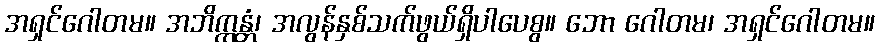
အရှင်ဂေါတမ။ အဘိက္ကန္တံ၊ အလွန်နှစ်သက်ဖွယ်ရှိပါပေစွ။ ဘော ဂေါတမ၊ အရှင်ဂေါတမ။